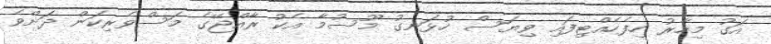
އަގު މިހާރު ހިފެހެއްޓިފައި ވިޔަސް ހުޅަނގު މޫސުމާ އެކު ރާއްޖޭގެ މަސްވެރިކަން ދަށްވެ